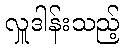
လှူဒါန်းသည့်